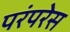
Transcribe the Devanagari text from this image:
परंपरेस